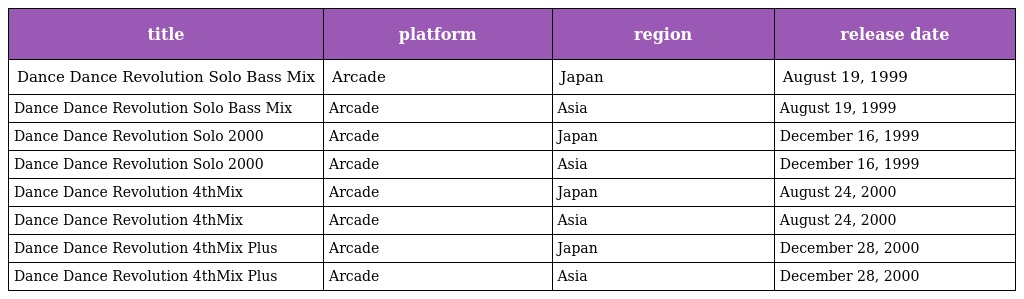
| title | platform | region | release date |
 | --- | --- | --- | --- |
 | Dance Dance Revolution Solo Bass Mix | Arcade | Japan | August 19, 1999 |
 | Dance Dance Revolution Solo Bass Mix | Arcade | Asia | August 19, 1999 |
 | Dance Dance Revolution Solo 2000 | Arcade | Japan | December 16, 1999 |
 | Dance Dance Revolution Solo 2000 | Arcade | Asia | December 16, 1999 |
 | Dance Dance Revolution 4thMix | Arcade | Japan | August 24, 2000 |
 | Dance Dance Revolution 4thMix | Arcade | Asia | August 24, 2000 |
 | Dance Dance Revolution 4thMix Plus | Arcade | Japan | December 28, 2000 |
 | Dance Dance Revolution 4thMix Plus | Arcade | Asia | December 28, 2000 |